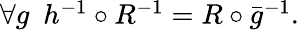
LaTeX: \begin{array}{r}{\forall g\ \ h^{-1}\circ R^{-1}=R\circ\bar{g}^{-1}.}\end{array}